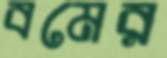
বমের